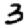
Digit: 3